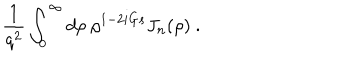
LaTeX: { \frac { 1 } { q ^ { 2 } } } \int _ { 0 } ^ { \infty } d \rho ~ \rho ^ { 1 - 2 i G s } J _ { n } ( \rho ) ~ .